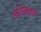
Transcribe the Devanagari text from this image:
सरोजकार